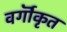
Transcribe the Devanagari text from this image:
वर्गॊकृत